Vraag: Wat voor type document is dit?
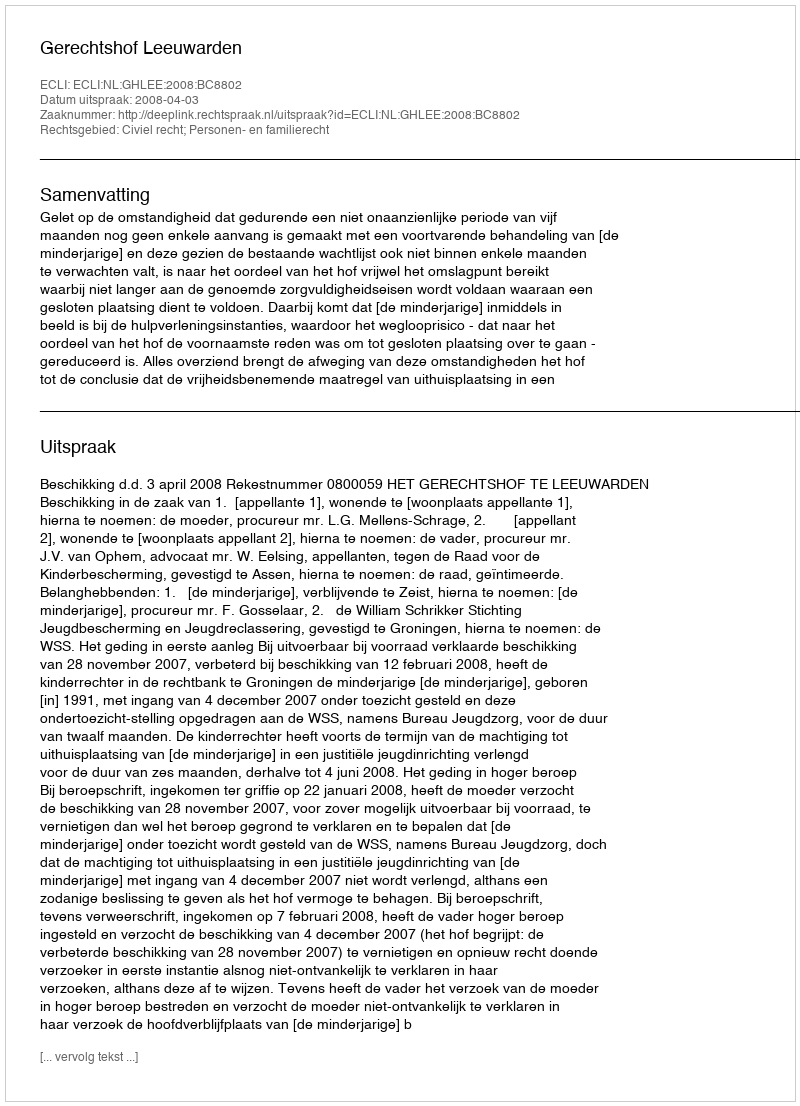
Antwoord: Uitspraak